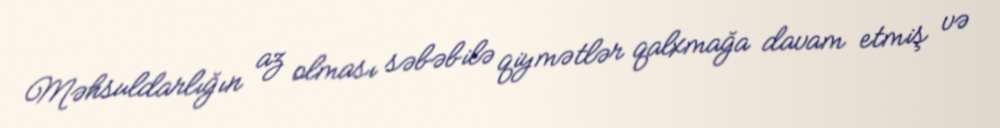
Məhsuldarlığın az olması səbəbilə qiymətlər qalxmağa davam etmiş və